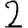
Digit: 2